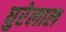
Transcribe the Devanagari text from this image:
घुरेलाल